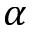
\alpha